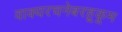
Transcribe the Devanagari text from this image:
वाक्यरचनेबरहूकूम